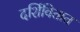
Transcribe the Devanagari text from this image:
दर्शिवितात